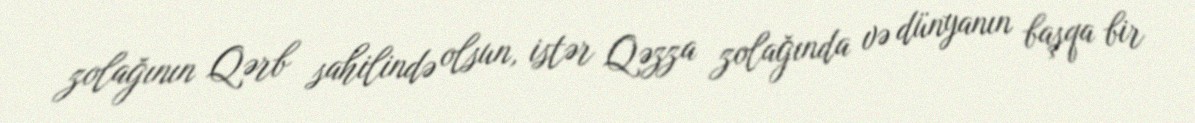
zolağının Qərb sahilində olsun, istər Qəzza zolağında və dünyanın başqa bir